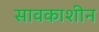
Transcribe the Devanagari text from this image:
सावकाशीन